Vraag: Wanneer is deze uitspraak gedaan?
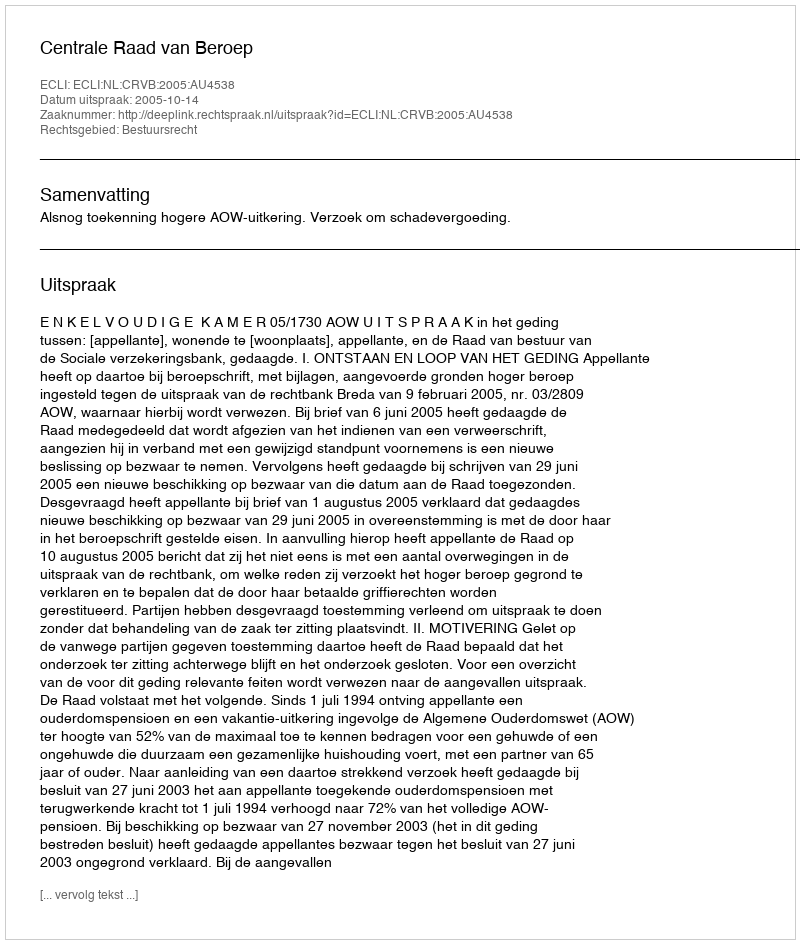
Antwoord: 2005-10-14